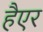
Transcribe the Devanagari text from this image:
हैएर